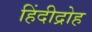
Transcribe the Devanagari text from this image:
हिंदीद्रोह